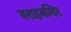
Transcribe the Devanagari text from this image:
वराहमन्दिर